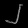
Digit: ၂